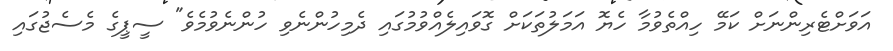
އަވަށްޓެރިންނަށް ކަމޭ ހިއްތެވުމާ ހެޔޮ އަމަލުތަކަށް ގޮވައިލެއްވުމުގައި ދެމިހުންނެވި ހުންނެވުމެވެ" ސީޕީގެ މެސެޖުގައި